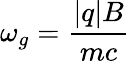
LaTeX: \omega_{g}={\frac{|q|B}{mc}}